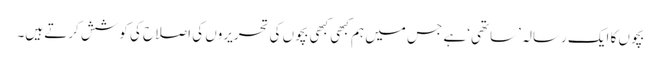
بچوں کا ایک رسالہ ’ساتھی‘ ہے جس میں ہم کبھی کبھی بچوں کی تحریروں کی اصلاح کی کوشش کرتے ہیں۔